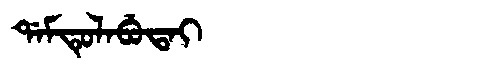
Manchu: ᡩᠠᠮᡨᡠᠯᠠᠪᡠᡨᠠᡳ
Romanization: DAMTULABUTAI